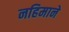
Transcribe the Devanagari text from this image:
नहिमाने